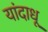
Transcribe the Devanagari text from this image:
यांदाधू